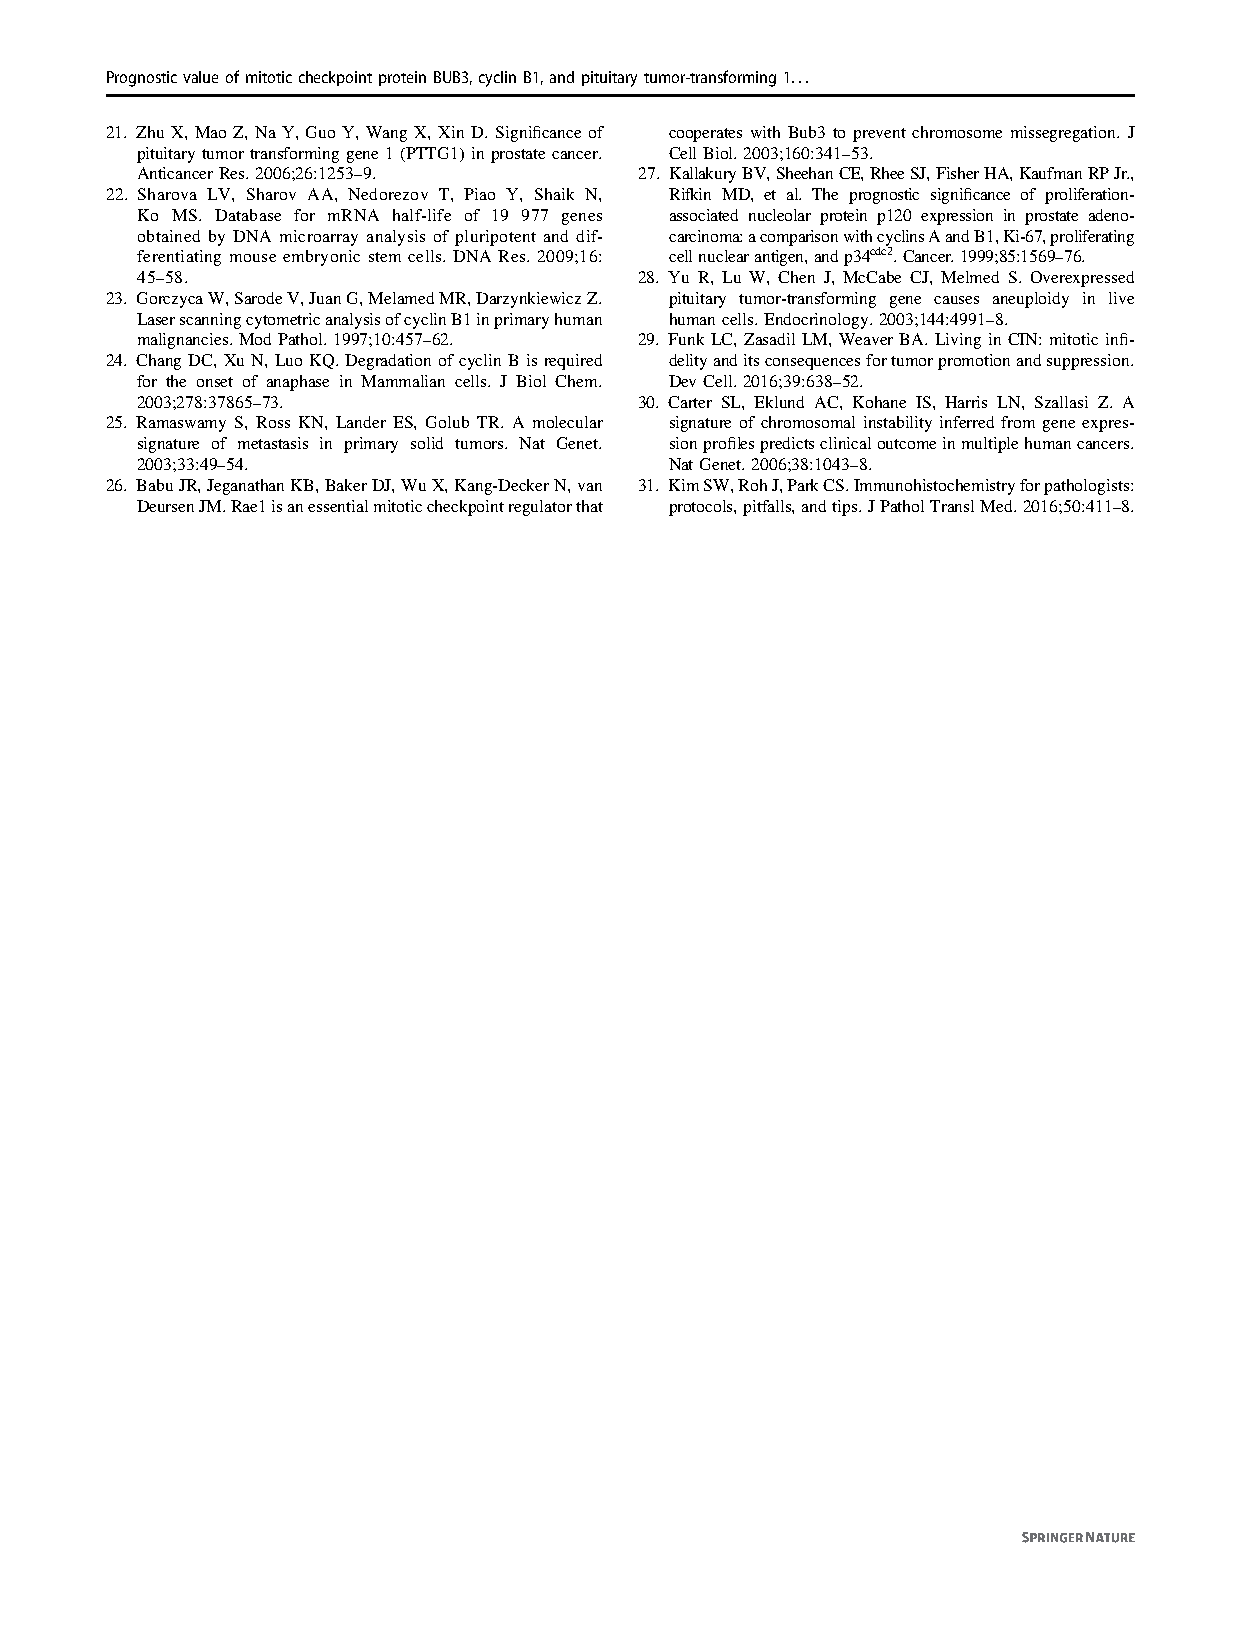
PrognosticvalueofmitoticcheckpointproteinBUB3,cyclinB1,andpituitarytumor-transforming1...
 21. Zhu X, Mao Z, Na Y, Guo Y, Wang X, Xin D. Significance of cooperates with Bub3 to prevent chromosome missegregation. J
 pituitary tumor transforming gene 1 (PTTG1) in prostatecancer. CellBiol.2003;160:341–53.
 AnticancerRes.2006;26:1253–9.    27. KallakuryBV,SheehanCE,RheeSJ,FisherHA,KaufmanRPJr.,
 22. Sharova LV, Sharov AA, Nedorezov T, Piao Y, Shaik N, Rifkin MD, et al. The prognostic significance of proliferation-
 Ko MS. Database for mRNA half-life of 19 977 genes associated nucleolar protein p120 expression in prostate adeno-
 obtained by DNA microarray analysis of pluripotent and dif- carcinoma:acomparisonwithcyclinsAandB1,Ki-67,proliferating
 ferentiating mouse embryonic stem cells. DNA Res. 2009;16: cellnuclearantigen,andp34cdc2.Cancer.1999;85:1569–76.
 45–58.                           28. Yu R, Lu W, Chen J, McCabe CJ, Melmed S. Overexpressed
 23. GorczycaW,SarodeV,JuanG,MelamedMR,DarzynkiewiczZ. pituitary tumor-transforming gene causes aneuploidy in live
 LaserscanningcytometricanalysisofcyclinB1inprimaryhuman humancells.Endocrinology.2003;144:4991–8.
 malignancies.ModPathol.1997;10:457–62. 29. Funk LC, Zasadil LM, Weaver BA. Living in CIN: mitotic infi-
 24. Chang DC, Xu N,Luo KQ. Degradation of cyclin Bis required delityanditsconsequencesfortumorpromotionandsuppression.
 for the onset of anaphase in Mammalian cells. J Biol Chem. DevCell.2016;39:638–52.
 2003;278:37865–73.               30. Carter SL, Eklund AC, Kohane IS, Harris LN, Szallasi Z. A
 25. Ramaswamy S, Ross KN, Lander ES, Golub TR. A molecular signature of chromosomal instability inferred from gene expres-
 signature of metastasis in primary solid tumors. Nat Genet. sionprofilespredictsclinicaloutcomeinmultiplehumancancers.
 2003;33:49–54.                     NatGenet.2006;38:1043–8.
 26. BabuJR,JeganathanKB,BakerDJ,WuX,Kang-DeckerN,van 31. KimSW,RohJ,ParkCS.Immunohistochemistryforpathologists:
 DeursenJM.Rae1isanessentialmitoticcheckpointregulatorthat protocols,pitfalls,andtips.JPatholTranslMed.2016;50:411–8.